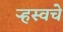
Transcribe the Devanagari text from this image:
ऱ्हस्वचे